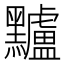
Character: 黸